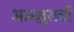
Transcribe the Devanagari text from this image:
आन्श्लुसची